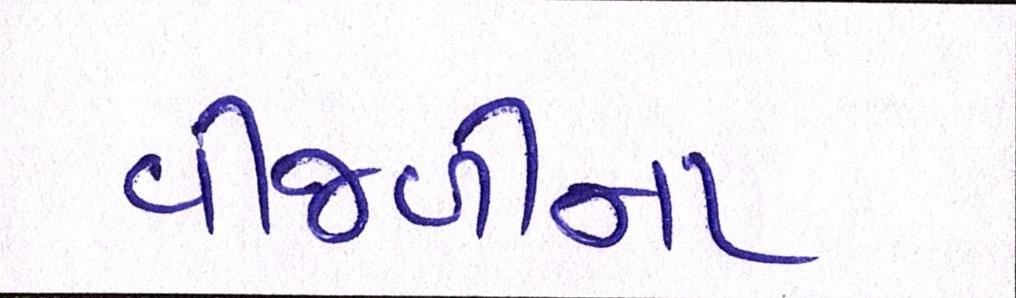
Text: વીજળીના